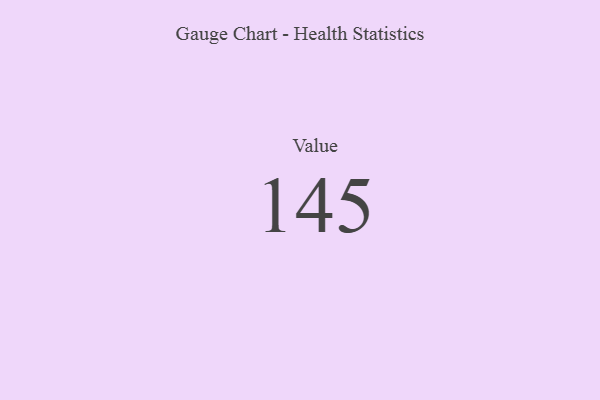
{"axis": {"x": "Metric", "y": "Value"}, "legend": [""], "data": [{"x": "Value", "y": 145, "type": ""}]}